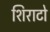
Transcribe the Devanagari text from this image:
शिराटो